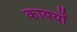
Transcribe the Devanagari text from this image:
कायर्यों